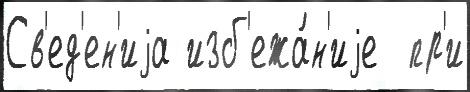
Св'ед'ен'иjа изб'ежа́н'иjе  пр'и